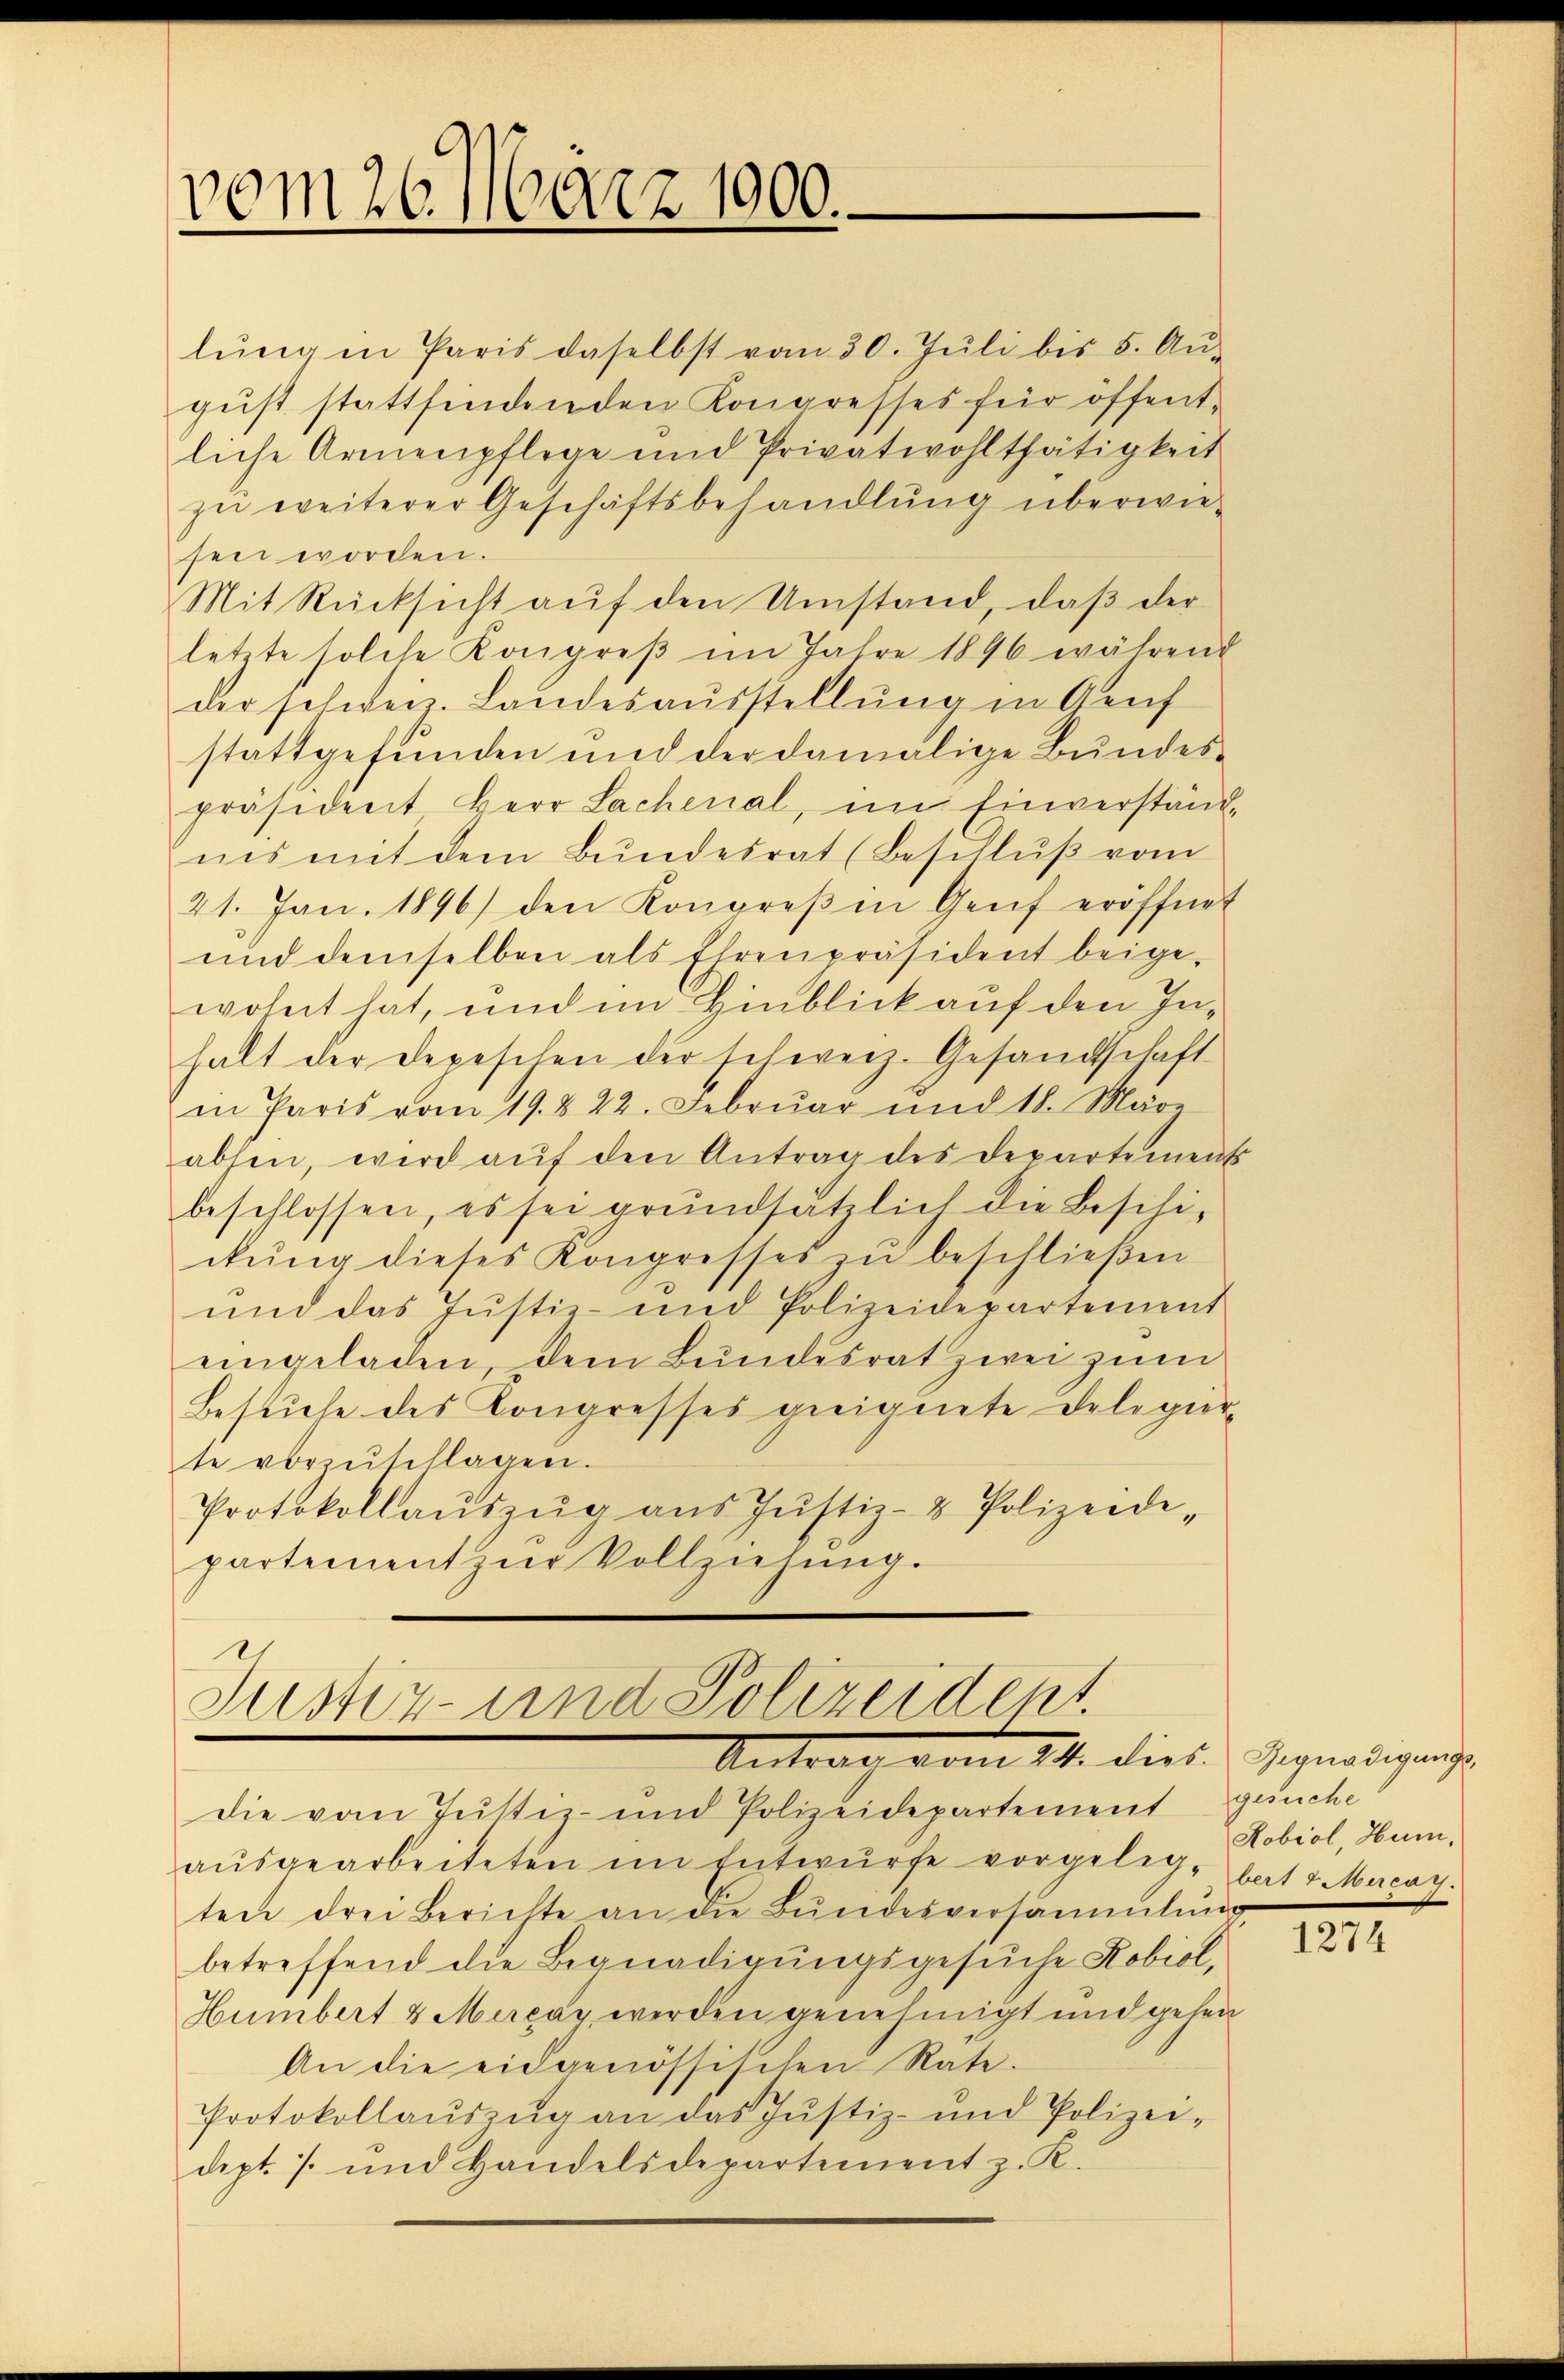
vom 26. März 1900.

lŭng in Paris daselbst vom 30. Jŭli bis 5. Aŭ
gust stattfindenden Kongresses für öffentliche Armenpflege und Privatwohlthätigkeit
zu weiterer Geschäftsbehandlung überwiesen worden.
Mit Rücksicht auf den Umstand, daß der
letzte solche Kongreβ im Jahre 1896 während
der schweiz. Landesausstellŭng in Genf
stattgefunden und der damalige Bundespräsident Herr Lachenal, im Einverständ-
iis mit dem Bŭndesrat (Beschlŭβ vom
21. Jan. 1896) den Kongreβen Genf eröffnet
ŭnd demselben als Ehrenpräsident beige-
wohnt hat, und im Hinblick auf den Inhalt der Depeschen der schweiz. Gesandtschaft
in Paris vom 19. & 22. Febrŭar und 18. März
absen, wird aŭf den Antrag des Departement
beschlossen, es sei grundsätzlich die Beschi-
ckŭng dieses Kongresses zu beschließen
und das Justiz- und Polizeidepartement
eingeladen dem Bundesrat zwei zum
Besuche des Kongresses geeignete Delegierte vorzŭschlagen.
Protokollaŭszŭg aŭs Jŭstiz- & Polizeidipartement zur Vollziehung.

Justiz- und Polizeident.
Antrag vom 11t. dies. Hegnadigung

die vom Justiz- und Polizeidepartement gesuche
aŭsgearbeiteten im Entwurfe vorgelegten drei Berichte an die Bŭndesversammlung
betreffend die Begnadigungsgesuche Kobiol,
Humbert 8 Marcay werden genehmigt und gehen
An die eidgenössischen Rate.
Protokollaŭszŭg an das Justiz- und Polizei-
dept. 1 und Handelsdepartement z. K.

Robiol, Hum,
bert 4. Mercay.

1274